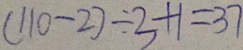
( 1 1 0 - 2 ) \div 3 + 1 = 3 7